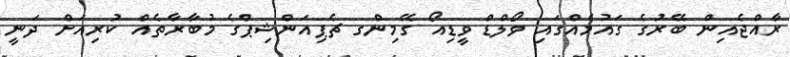
ރާއްޖެއިން ބޭރުގެ ގައުމެއްގައި ވޯލްޑް ވީޑިއޯ ގޭމިންގ ޗެޕިއަންޝިޕްގެ މުބާރާތެއް ކުރިއަށް ދަނީ